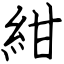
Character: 紺